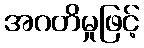
အဂတိမှုဖြင့်